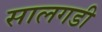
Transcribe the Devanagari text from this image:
सालगडी